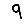
Digit: 9